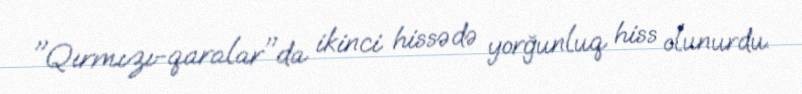
"Qırmızı-qaralar"da ikinci hissədə yorğunluq hiss olunurdu.